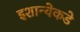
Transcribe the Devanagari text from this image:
इशान्येकडे